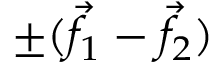
\pm ( { \vec { f } } _ { 1 } - { \vec { f } } _ { 2 } )